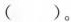
（ ）。